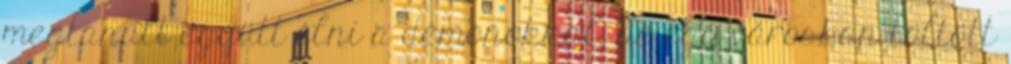
megtanult együtt élni a démonokkal, de egy városban töltött